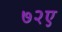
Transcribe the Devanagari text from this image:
७२ए